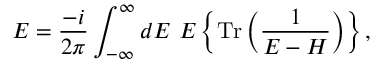
{ \cal E } = \frac { - i } { 2 \pi } \int _ { - \infty } ^ { \infty } d E ~ E \left\{ \mathrm { T r } \left( \frac { 1 } { E - H } \right) \right\} ,